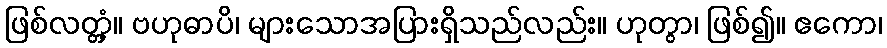
ဖြစ်လတ္တံ့။ ဗဟုဓာပိ၊ များသောအပြားရှိသည်လည်း။ ဟုတွာ၊ ဖြစ်၍။ ဧကော၊